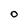
Character: O